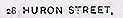
2B HURON STREET.